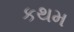
કથમ